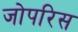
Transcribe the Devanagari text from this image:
जोपरिस